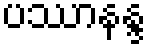
ပဿာနန္ဒ